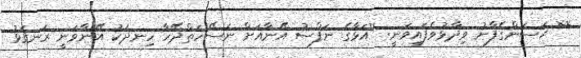
** ޙަސަންގެފާނު ވިދާޅުވެފައިވަނީ: ''އަޅާގެ ނަފްސު އޭނާއަށް ނަސޭހަތްދޭހާ ހިނދަކު އޭނާވަނީ ރަނގަޅު